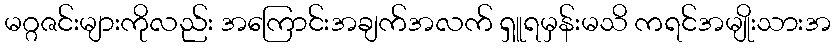
မဂ္ဂဇင်းများကိုလည်း အကြောင်းအချက်အလက် ရှူရမှန်းမသိ ကရင်အမျိုးသားအ